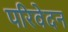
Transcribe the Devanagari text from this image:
परिवेदन